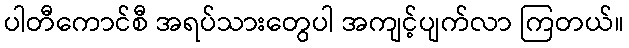
ပါတီကောင်စီ အရပ်သားတွေပါ အကျင့်ပျက်လာ ကြတယ်။